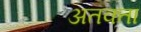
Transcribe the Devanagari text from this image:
अतक्ता